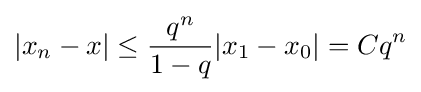
|x_{n}-x|\leq {q^{n} \over 1-q}|x_{1}-x_{0}|=Cq^{n}